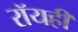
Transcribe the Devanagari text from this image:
रॉयही